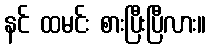
နင် ထမင်း စားပြီးပြီလား။